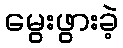
မွေးဖွားခဲ့